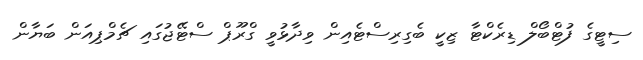
ސިޓީގެ ފުޓްބޯލް ޑިރެކްޓާ ޒިކީ ބެގިރިސްޓެއިން ވިދާޅުވީ ގްރޫޕް ސްޓޭޖުގައި ޗެމްޕިއަން ބަޔާން